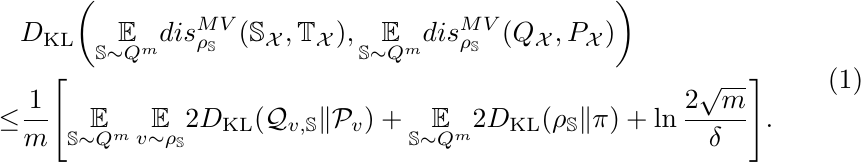
    \begin{equation}
    \begin{split}
    &D_{\textnormal{KL}}\bigg(\underset{\mathbb{S}\sim Q^{m}}{\mathbb{E}}dis_{\rho_{\mathbb{S}}}^{MV}(\mathbb{S}_{\mathcal{X}},\mathbb{T}_{\mathcal{X}}),\underset{\mathbb{S}\sim Q^{m}}{\mathbb{E}}dis_{\rho_{\mathbb{S}}}^{MV}(Q_{\mathcal{X}},P_{\mathcal{X}})\bigg)\\
    \leq &\frac{1}{m}\Bigg[\underset{\mathbb{S}\sim Q^{m}}{\mathbb{E}}\,\underset{v\sim \rho_{\mathbb{S}}}{\mathbb{E}}2D_{\textnormal{KL}}(\mathcal{Q}_{v,\mathbb{S}}\Vert\mathcal{P}_{v}) + \underset{\mathbb{S}\sim Q^{m}}{\mathbb{E}}2D_{\textnormal{KL}}(\rho_{\mathbb{S}}\Vert\pi) + \ln{\frac{2\sqrt{m}}{\delta}}\Bigg].
        \end{split}
    \end{equation}